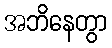
အဘိနေတွာ